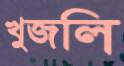
খুজলি